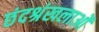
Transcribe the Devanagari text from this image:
छंदश्रंखलाओं